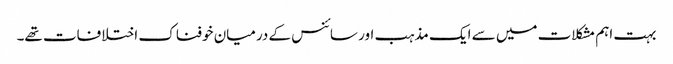
بہت اہم مشکلات میں سے ایک مذہب اور سائنس کے درمیان خوفناک اختلافات تھے۔